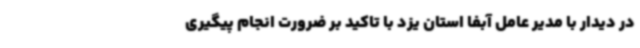
در دیدار با مدیر عامل آبفا استان یزد با تاکید بر ضرورت انجام پیگیری